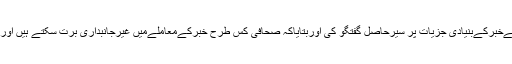
تفصیلات کےمطابق سٹیٹ ویوزکےایڈیٹرسیدخالد گردیزی نےٹریننگ کےدوران لیکچردیتےہوئےخبرکےبنیادی جزیات پر سیرحاصل گفتگو کی اوربتایاکہ صحافی کس طرح خبرکےمعاملےمیں غیرجانبداری برت سکتے ہیں اورامارات میں بیٹھے ہوئےصحافی کنفلکٹ زون بارے خبروں کیساتھ کیسے انصاف کرسکتےہیں۔